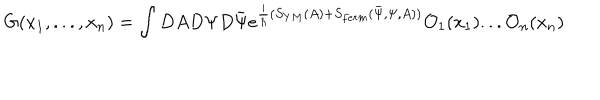
G ( x _ { 1 } , . . . , x _ { n } ) = \int D A D \Psi D \bar { \Psi } e ^ { \frac { i } { \hbar } ( S _ { Y M } ( A ) + S _ { f e r m } ( \bar { \Psi } , \Psi , A ) ) } { \cal O } _ { 1 } ( x _ { 1 } ) . . . { \cal O } _ { n } ( x _ { n } )